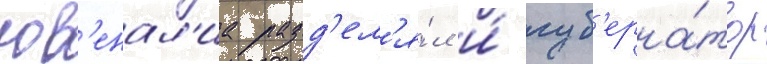
юв'енал'иа разд'ел'я́л и́ губ'ерна́тор